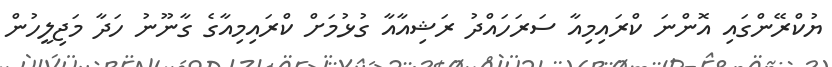
ޔުކްރޭންގައި އޮންނަ ކްރައިމިއާ ސަރަހައްދު ރަޝިއާއާ ގުޅުމަށް ކްރައިމިއާގެ ގާނޫނު ހަދާ މަޖިލީހުން